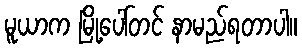
မူယာက မြို့ပေါ်တင် နာမည်ရတာပါ။